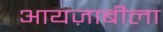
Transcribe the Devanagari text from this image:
आयज़ाबीला